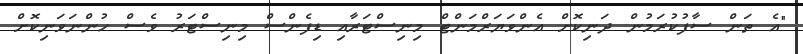
"އެ ތަން ސާފުކުރަމުން ދަނިކޮށް އެންވަޔަރްމަންޓް މިނިސްޓަރާއި ޑިފެންސް މިނިސްޓަރު ވެސް ހުންނަވަނިކޮށް